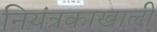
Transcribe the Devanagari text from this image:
नियंत्रकाखाली